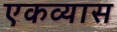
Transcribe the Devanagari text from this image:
एकव्यास